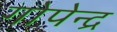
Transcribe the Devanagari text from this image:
गोपेन्द्र